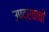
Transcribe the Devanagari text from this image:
उपद्रवाची